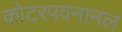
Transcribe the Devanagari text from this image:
कोटरपवनानल